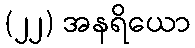
(၂၂) အနရိယော